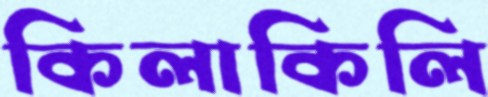
কিলাকিলি